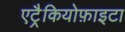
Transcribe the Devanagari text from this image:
एट्रैकियोफ़ाइटा